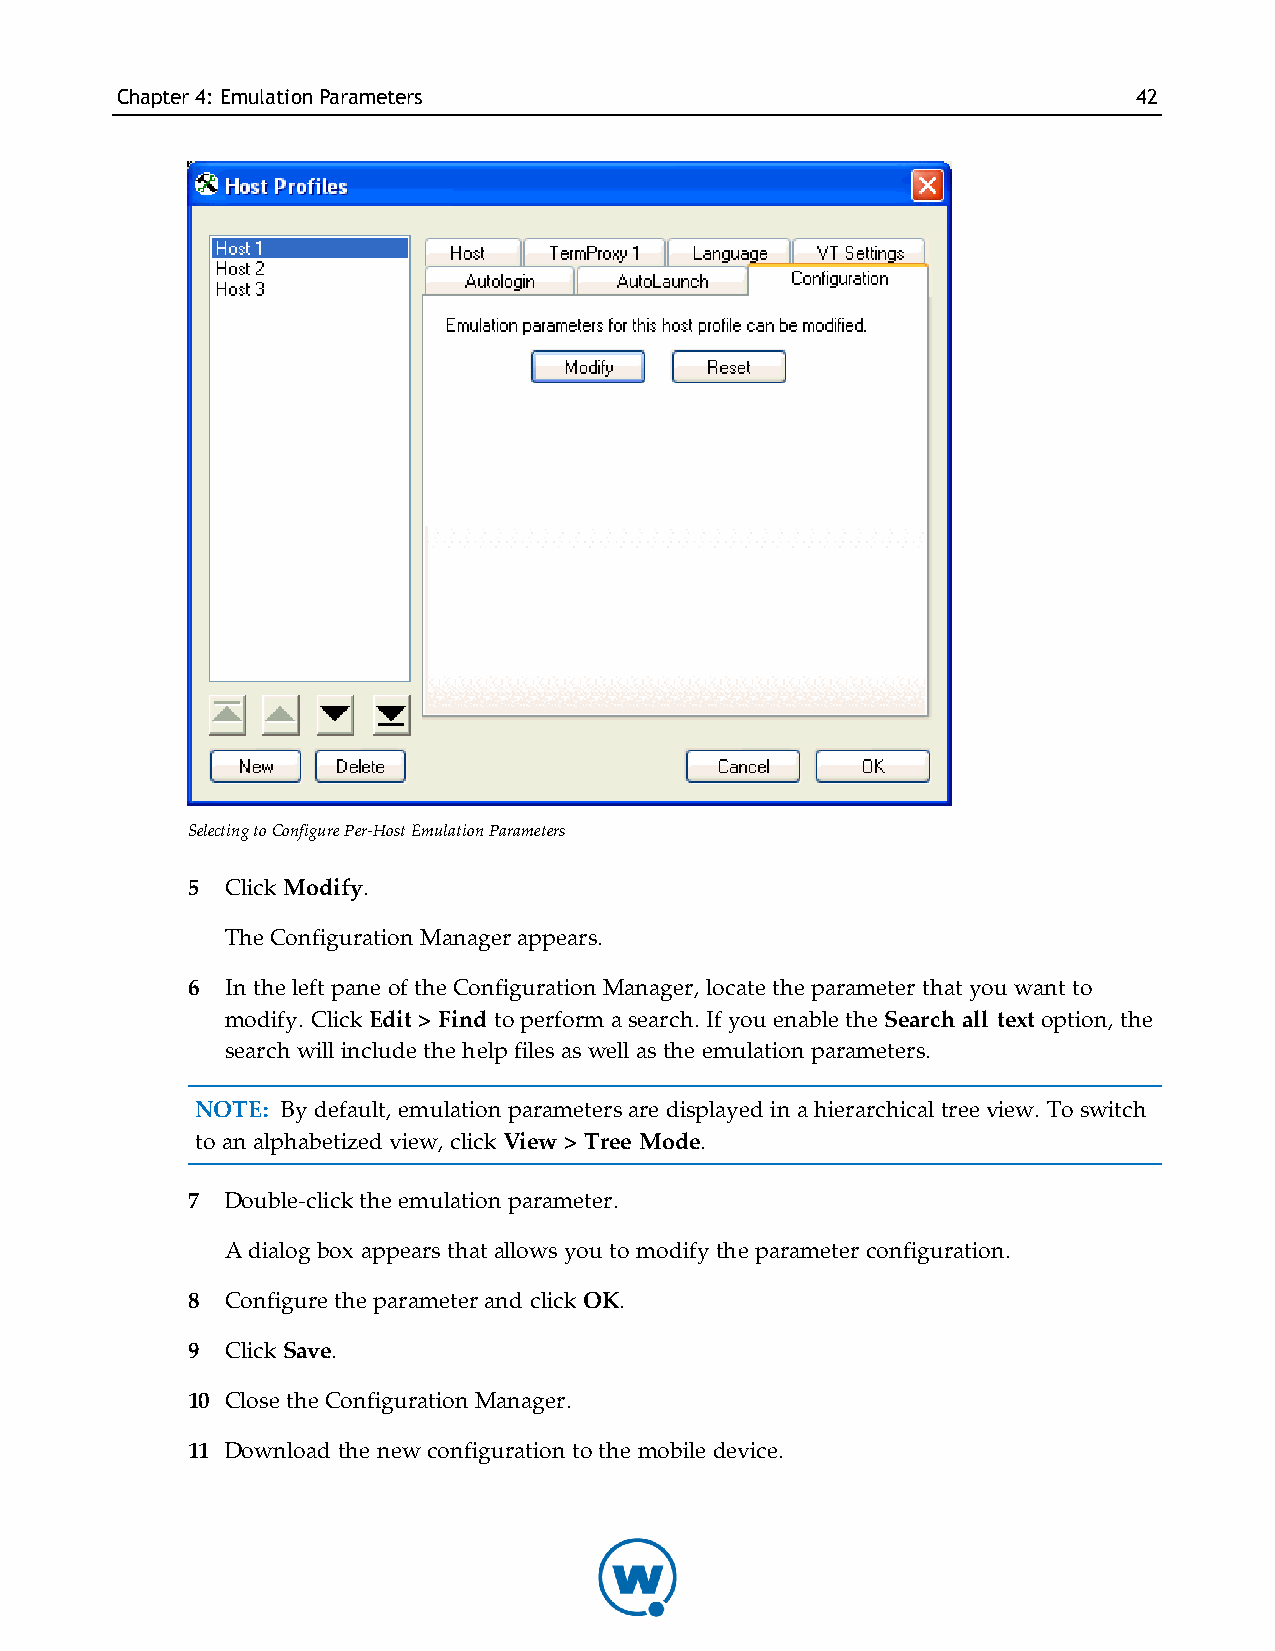
Chapter4: EmulationParameters                                      42
 Selecting to Configure Per-Host Emulation Parameters
 5  Click Modify.
 The Configuration Manager appears.
 6  In the left pane of the Configuration Manager, locate the parameter that you want to
 modify. Click Edit > Find to perform a search. If you enable the Search all text option, the
 search will include the help files as well as the emulation parameters.
 NOTE: By default, emulation parameters are displayed in a hierarchical tree view. To switch
 to an alphabetized view, click View > Tree Mode.
 7  Double-click the emulation parameter.
 A dialog box appears that allows you to modify the parameter configuration.
 8  Configure the parameter and click OK.
 9  Click Save.
 10 Close the Configuration Manager.
 11 Download the new configuration to the mobile device.